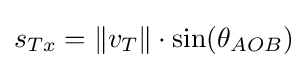
s_{Tx}=\lVert v_{T}\rVert \cdot \sin(\theta _{AOB})